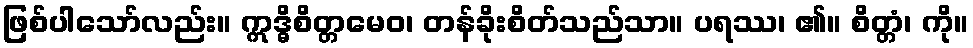
ဖြစ်ပါသော်လည်း။ ဣဒ္ဓိစိတ္တမေဝ၊ တန်ခိုးစိတ်သည်သာ။ ပရဿ၊ ၏။ စိတ္တံ၊ ကို။